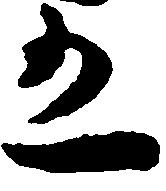
有